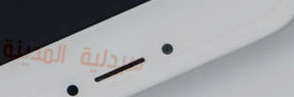
صيدلية المدينة